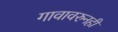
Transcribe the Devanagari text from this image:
गावावरुनही